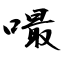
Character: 嘬